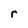
Character: r